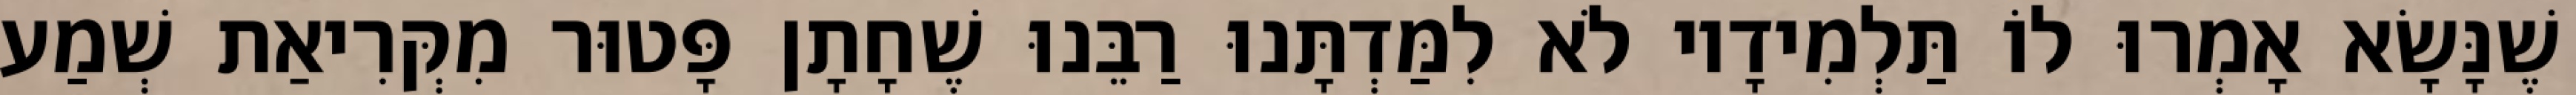
שֶׁנָּשָׂא אָמְרוּ לוֹ תַּלְמִידָיו לֹא לִמַּדְתָּנוּ רַבֵּנוּ שֶׁחָתָן פָּטוּר מִקְּרִיאַת שְׁמַע